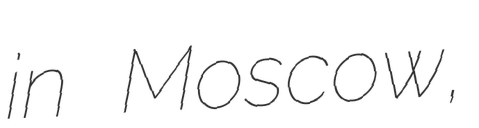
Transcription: in Moscow,